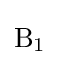
{\mathrm {B} {\vphantom {A}}_{\smash[{t}]{1}}}